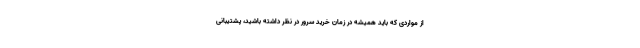
از مواردی که باید همیشه در زمان خرید سرور در نظر داشته باشید، پشتیبانی